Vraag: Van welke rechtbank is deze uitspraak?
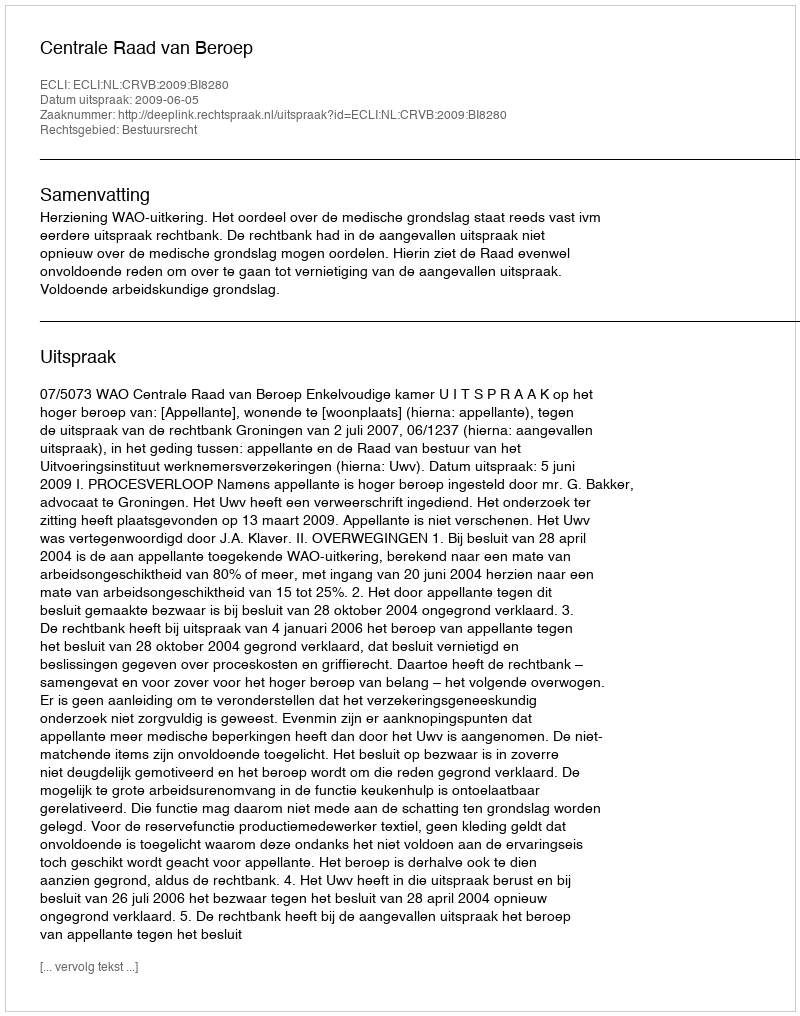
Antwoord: Centrale Raad van Beroep